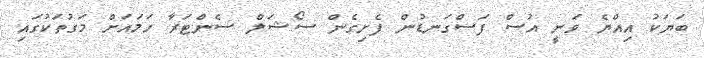
ބަޔަކު އިއްޔެ ވަނީ އުސް ފަސްގަނޑުން ފެށިގެން ސޯޝަލް ސެންޓަރާ ހަމައަށް މަގުތަކުގައި